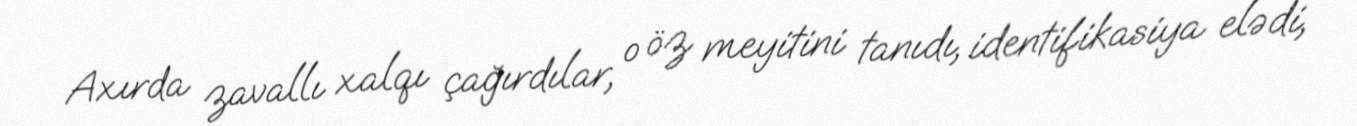
Axırda zavallı xalqı çağırdılar, o öz meyitini tanıdı, identifikasiya elədi,